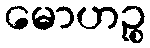
မောဟဉ္စ